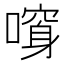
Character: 𠾮